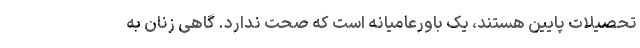
تحصیلات پایین هستند، یک باورعامیانه است که صحت ندارد. گاهی زنان به